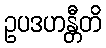
ဥပဒဟန္တီတိ